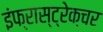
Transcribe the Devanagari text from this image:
इंफ्रास्ट्रेक्चर